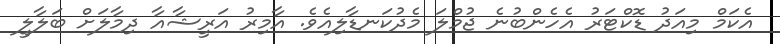
އެކަމް މިއަދު ޑޮކްޓަރު އެހެންބުނެ ޖުމްލަ މެދުކަނޑާލިއެވެ. އާމިރު އަރީޝާއާ ދިމާލަށް ބަލާލީ